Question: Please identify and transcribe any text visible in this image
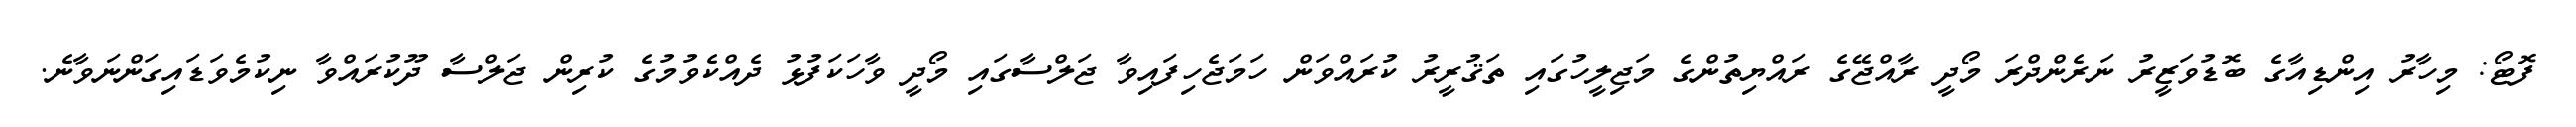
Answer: ފޮޓޯ: މިހާރު އިންޑިއާގެ ބޮޑުވަޒީރު ނަރެންދްރަ މޯދީ ރާއްޖޭގެ ރައްޔިތުންގެ މަޖިލީހުގައި ތަޤުރީރު ކުރައްވަން ހަމަޖެހިފައިވާ ޖަލްސާގައި މޯދީ ވާހަކަފުޅު ދެއްކެވުމުގެ ކުރިން ޖަލްސާ ދޫކުރައްވާ ނިކުމެވަޑައިގަންނަވާނެ.